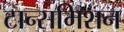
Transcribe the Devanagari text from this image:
टान्समिशन